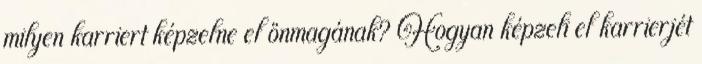
milyen karriert képzelne el önmagának? Hogyan képzeli el karrierjét